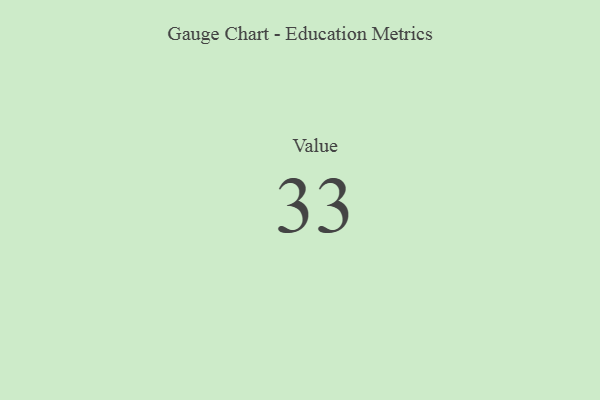
{"axis": {"x": "Metric", "y": "Value"}, "legend": [""], "data": [{"x": "Value", "y": 33, "type": ""}]}